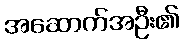
အဆောက်အဦး၏